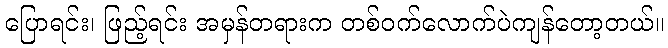
ပြောရင်း၊ ဖြည့်ရင်း အမှန်တရားက တစ်ဝက်လောက်ပဲကျန်တော့တယ်။